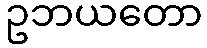
ဥဘယတော